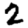
Digit: 2